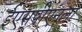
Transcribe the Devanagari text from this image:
ईएस्‌पीएनला